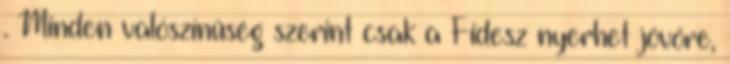
. Minden valószínűség szerint csak a Fidesz nyerhet jövőre,